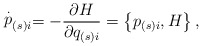
\begin{align*}\stackrel{.}{p}_{\left( s\right) i}=-\frac{\partial H}{\partial q_{\left(s\right) i}}=\left\{ p_{\left( s\right) i},H\right\} , \end{align*}